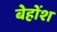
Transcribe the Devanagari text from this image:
बेहोंश